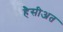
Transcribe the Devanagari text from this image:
हैसीअत